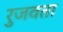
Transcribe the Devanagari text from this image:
रुजवता